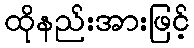
ထိုနည်းအားဖြင့်